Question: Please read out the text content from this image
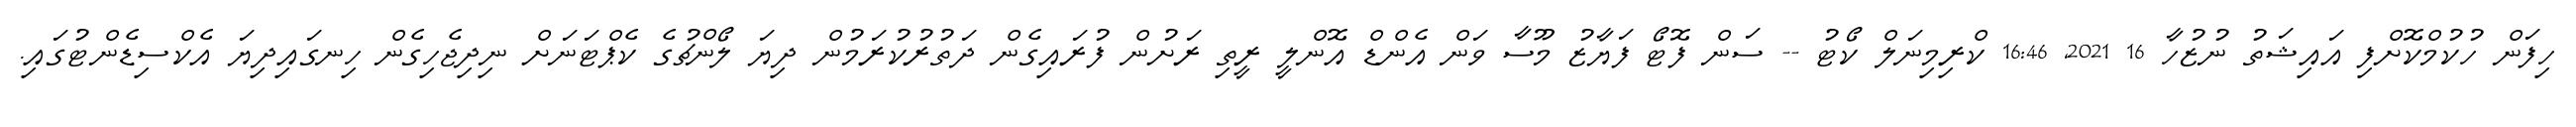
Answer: ހިފަން ހުކުމްކޮށްފި އައިޝަތު ނުޒުހާ 16 2021, 16:46 ކްރިމިނަލް ކޯޓު -- ސަން ފޮޓޯ ފަޔާޒު މޫސާ ވަން އެންޑް އޮންލީ ރީތި ރަށުން ފުރައިގެން ދަތުރުކުރަމުން ދިޔަ ލޯންޗުގެ ކެޕްޓަނަށް ނިދިޖެހިގެން ހިނގައިދިޔަ އެކްސިޑެންޓުގައި.